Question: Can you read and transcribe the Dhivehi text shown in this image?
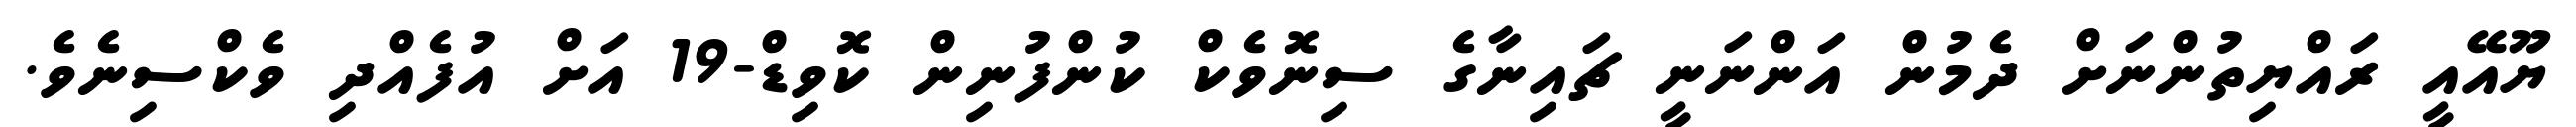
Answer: ޔޫއޭއީ ރައްޔިތުންނަށް ދެމުން އަންނަނީ ޗައިނާގެ ސިނޮވެކް ކުންފުނިން ކޮވިޑް-19 އަށް އުފެއްދި ވެކްސިނެވެ.